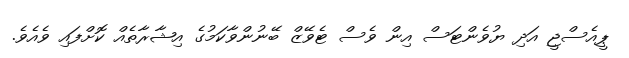
ޕީއެސްޖީ އަދި ޔުވެންޓަސް އިން ވެސް ޓެވޭޒް ބޭނުންވާކަމުގެ އިޝާރާތެއް ކޮށްފައި ވެއެވެ.